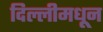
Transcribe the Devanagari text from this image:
दिल्लीमधून